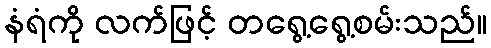
နံရံကို လက်ဖြင့် တရွေ့ရွေ့စမ်းသည်။